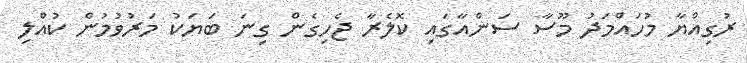
ރުގިއްޔާ މުހައްމަދު މޫސާ ސަންއާގައި ކޮލެރާ ޖެހިގެން ގިނަ ބަޔަކު މަރުވުމުން ކުއްލި